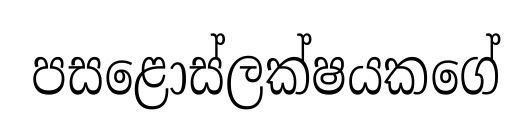
පසළොස්ලක්ෂයකගේ